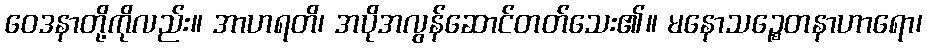
ဝေဒနာတို့ကိုလည်း။ အာဟရတိ၊ အပိုအလွန်ဆောင်တတ်သေး၏။ မနောသဉ္စေတနာဟာရော၊